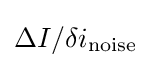
\Delta I/\delta i_{\text{noise}}